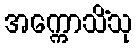
အက္ကောသိံသု